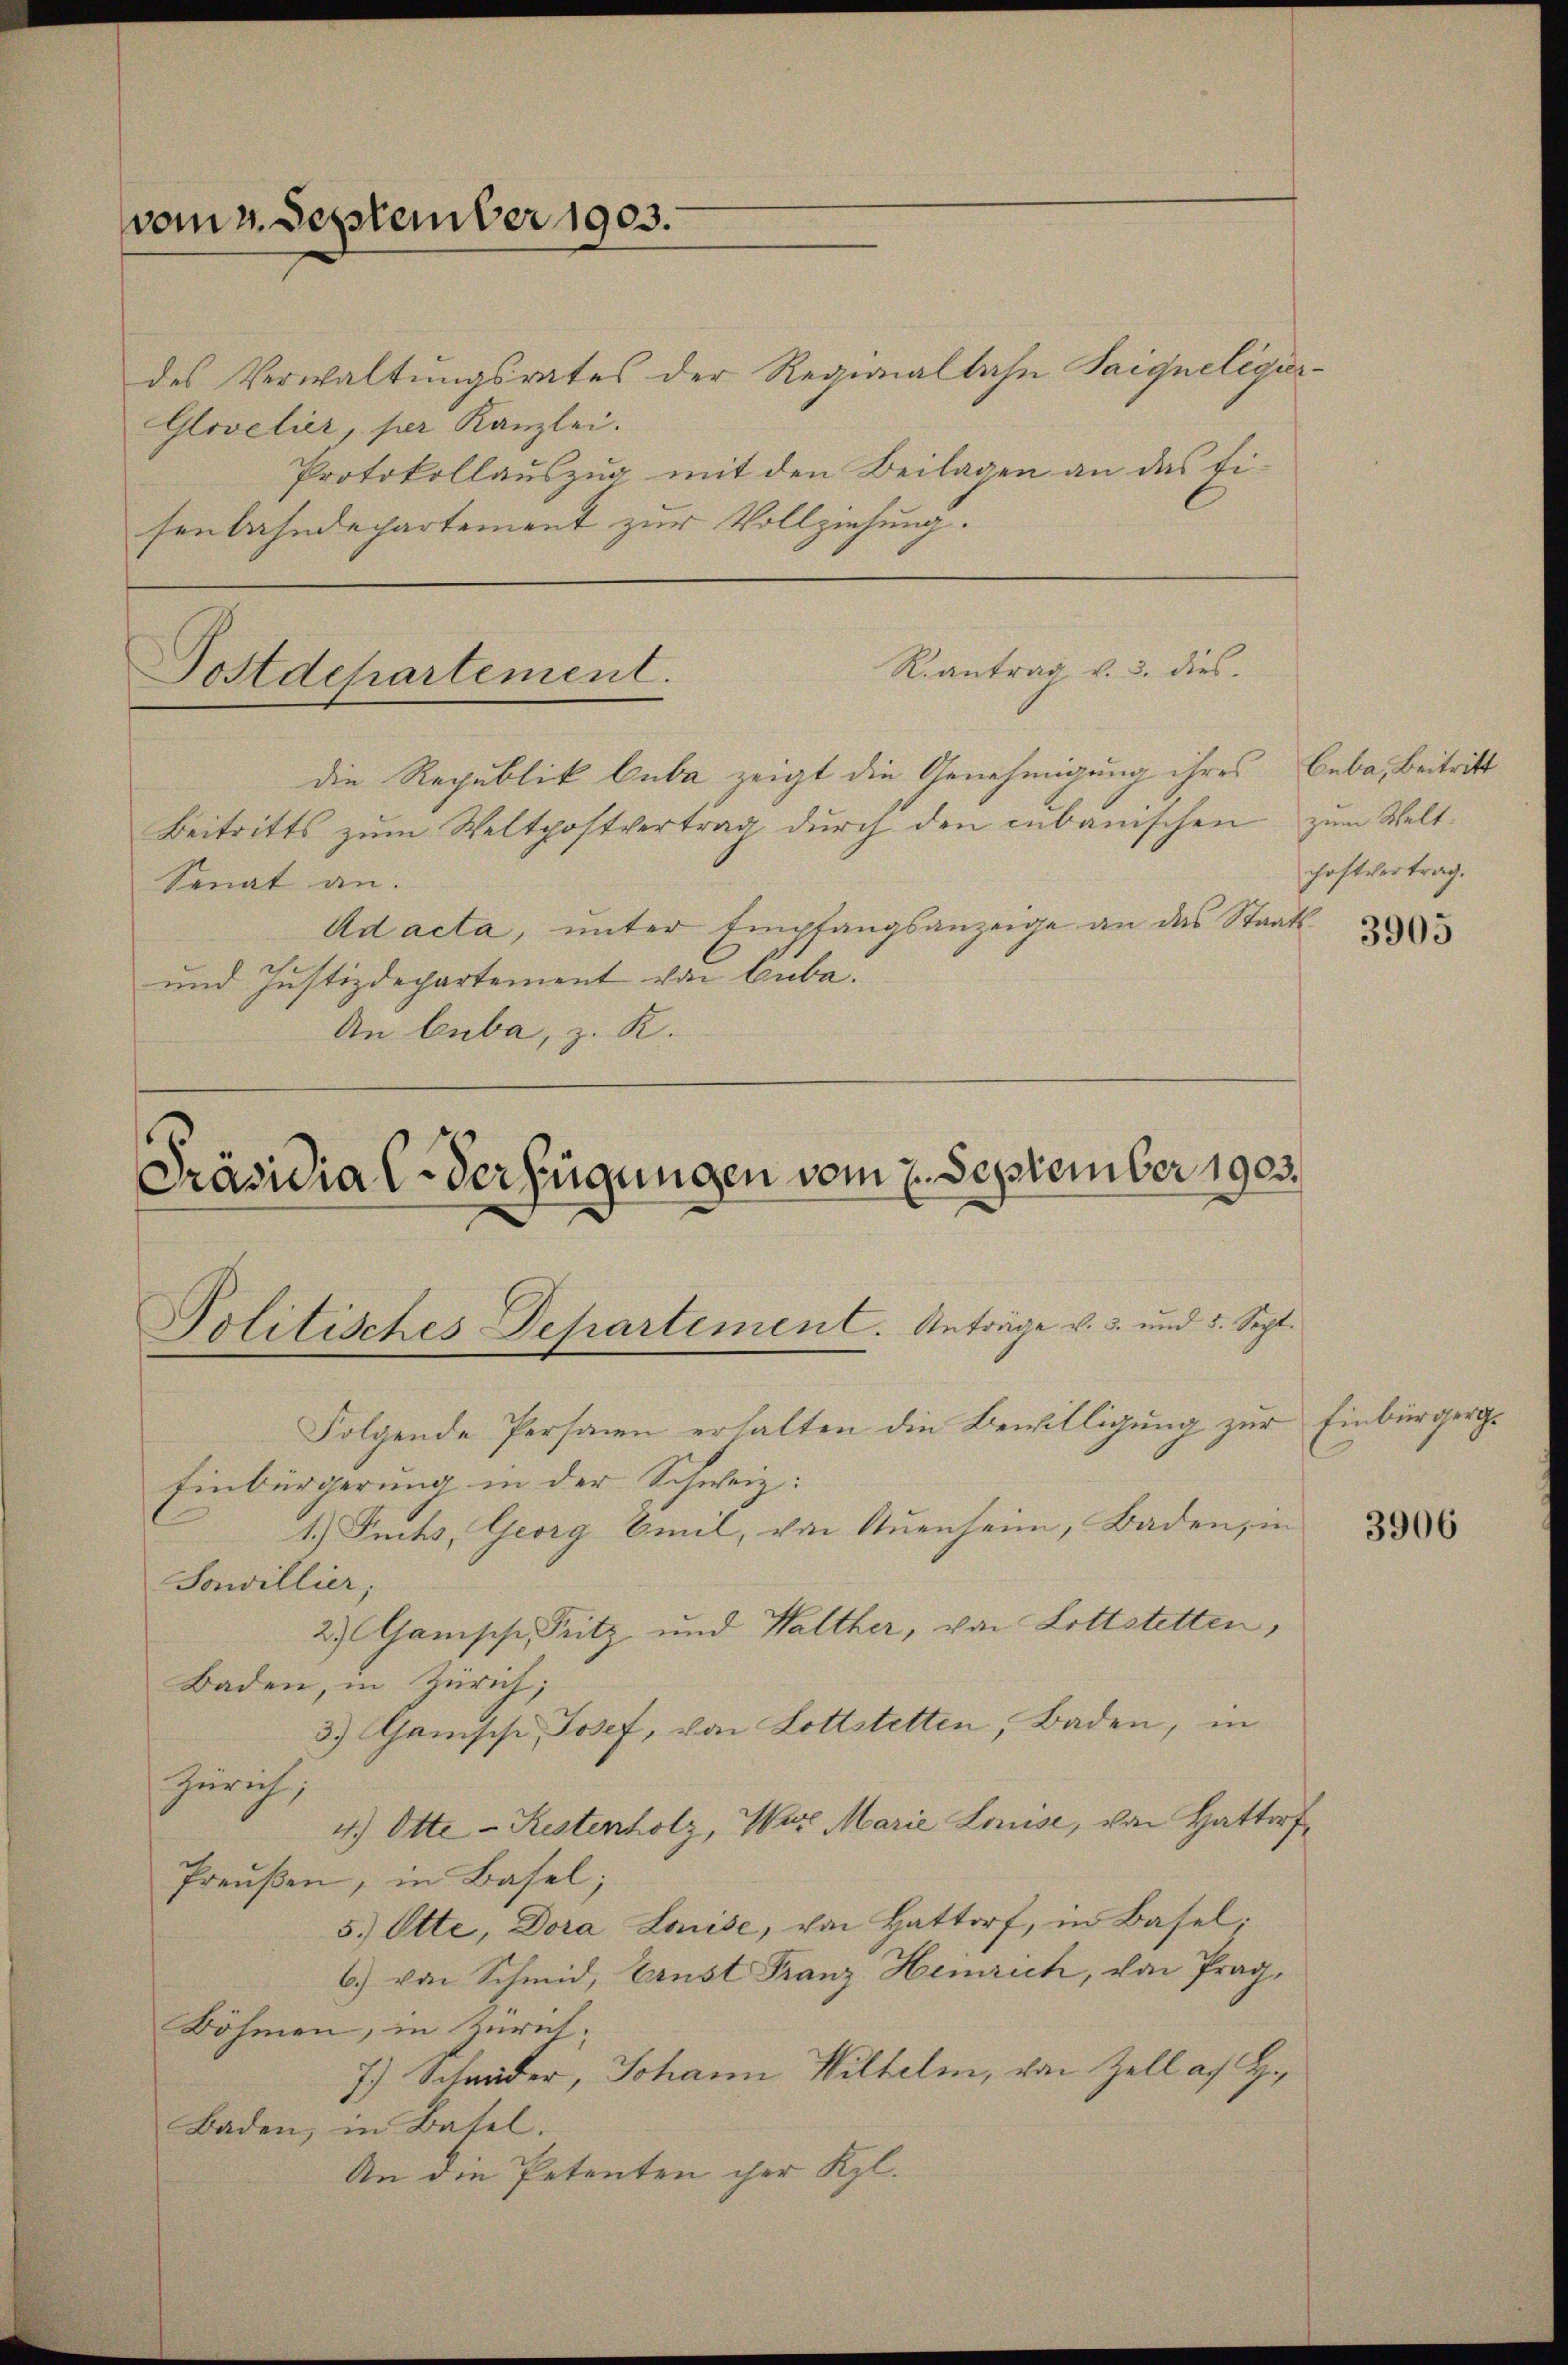
vom 2. September 1903.

des Verwaltungsrates der Regionalbahn Saigneligir¬
Glovelier, per Kanzlei.
Protokollauszug mit den Beilagen an das Fisenbahndepartement zur Vollziehung.

Postdepartement.

Rantrag v. 3. dies

Beitritts zŭm Weltpostvertrag durch den cubanischen zum Welt-
Senat an.
Ad acta, unter Empfangsanzeige an das S
und Justizdepartement von Cuba.
An luba, z. R.

die Republik Cuba zeigt die Genehmigung ihres Beba, Beitritt

Präsidial-Verfügungen vom 2. September 1903.
Politisches Departement. Anträge v. 3. und 5. Sept.

Folgende Personen erhalten die Bewilligung zur Einbürgerg¬
Einbürgerung in der Schweiz:
1.) Fuchs, Georg Emil, von Auenheim, Baden, in
Sonwillier,
2) Ganische, Pritz und Walther, von Lottstetten,
Baden, in Zürich;
3.) Genische Josef, von Lottstetten, Baden, in
Zürich,
4.) Otte-Restenholz, Wir Marie Leuse, von Hattorf
Preußen, in Basel;
5. Otte, Dora Louise, von Hattorf, in Basel;
6.) von Schmid, Ernst Franz Heinrich, von Prag,
Böhmen, in Zürich,
7.) Schweder, Johann Wilhelm, von Zell a. g.
Baden, in Basel.
An die Petenten ihrer Kgl.

choftvertrag.
n 3905

3906